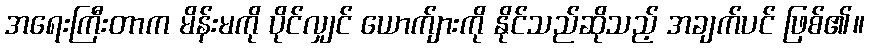
အရေးကြီးတာက မိန်းမကို ပိုင်လျှင် ယောက်ျားကို နိုင်သည်ဆိုသည့် အချက်ပင် ဖြစ်၏။